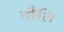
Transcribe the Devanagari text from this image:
नौलि